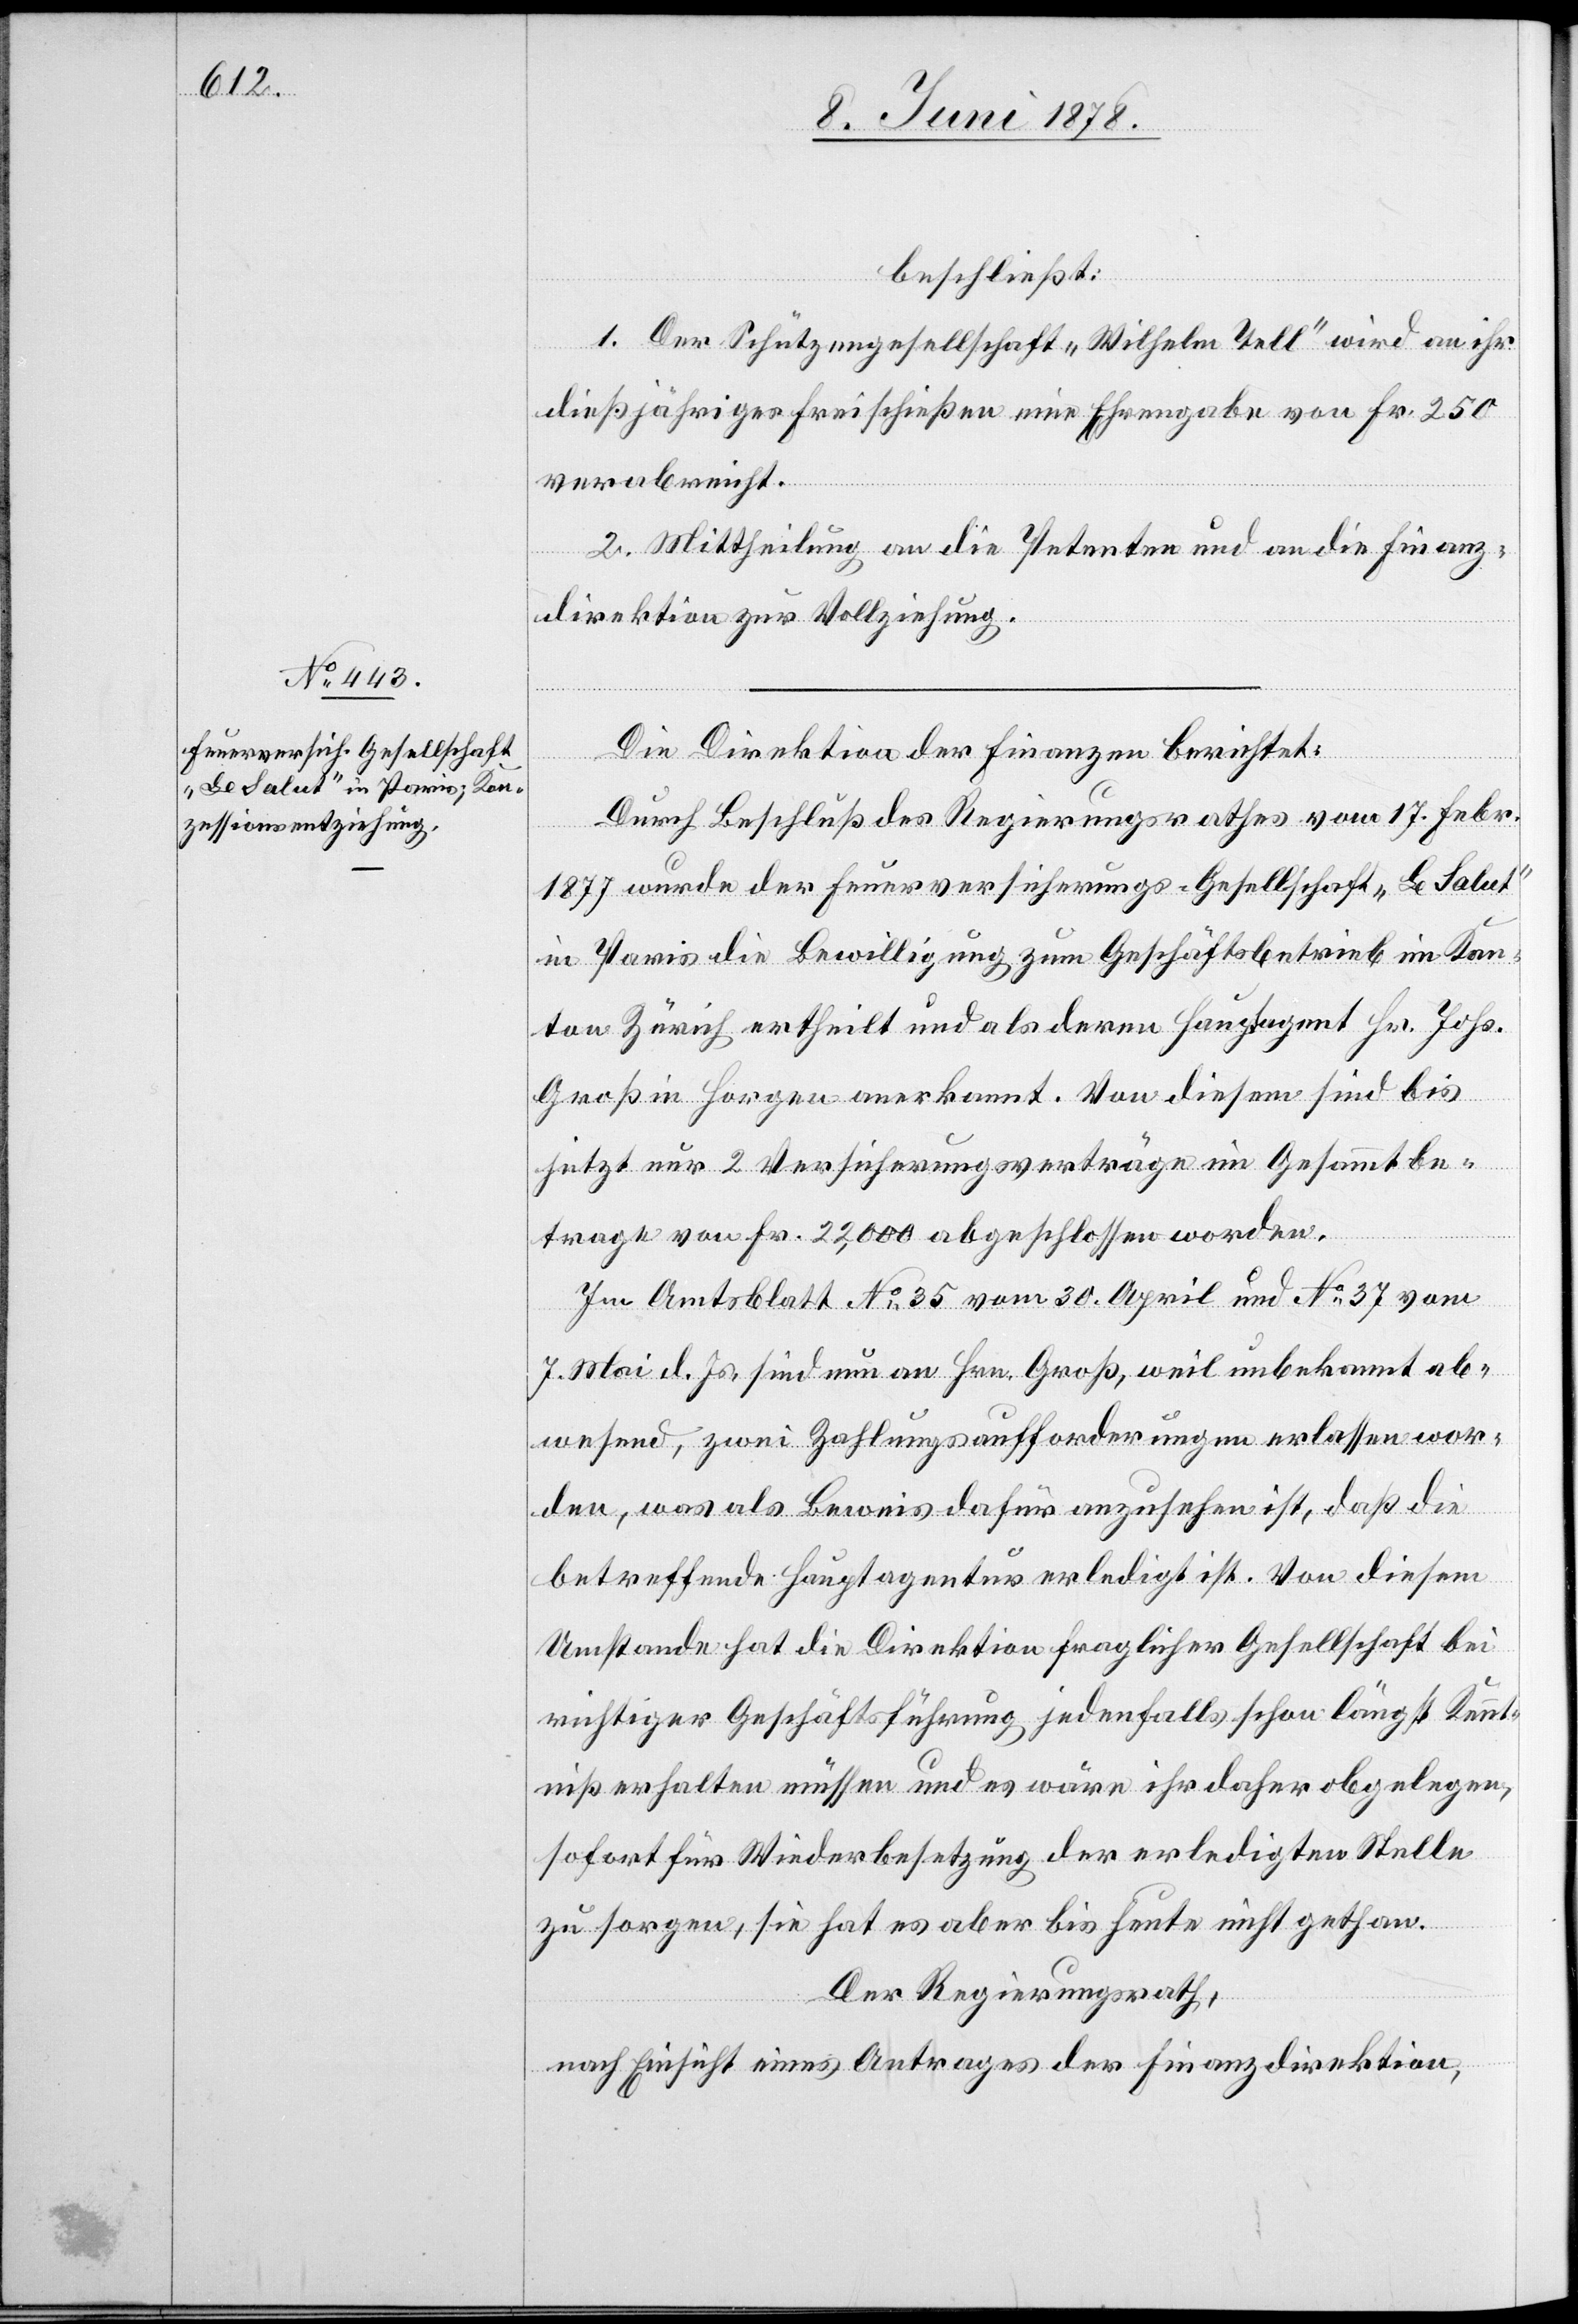
beschließt:
1. Der Schützengesellschaft „Wilhelm Tell“ wird an ihr
dießjähriges Freischießen eine Ehrengabe von Fr. 250
verabreicht.
2. Mittheilung an die Petenten und an die Finanz¬
direktion zur Vollziehung.
Die Direktion der Finanzen berichtet:
Durch Beschluß des Regierungsrathes vom 17. Febr.
1877 wurde der Feuerversicherungs-Gesellschaft „Le Salut“
in Paris die Bewilligung zum Geschäftsbetrieb im Kan¬
ton Zürich ertheilt und als deren Hauptagent Hr. Johs.
Groß in Horgen anerkannt. Von diesem sind bis
jetzt nur 2 Versicherungsverträge im Gesammtbe¬
trage von Fr. 22,000 abgeschlossen worden.
Im Amtsblatt No 35 vom 30. April und No 37 vom
7. Mai d. Js. sind nun an Hrn. Groß, weil unbekannt ab¬
wesend, zwei Zahlungsaufforderungen erlassen wor¬
den, was als Beweis dafür anzusehen ist, daß die
betreffende Hauptagentur erledigt ist. Von diesem
Umstande hat die Direktion fraglicher Gesellschaft bei
richtiger Geschäftsführung jedenfalls schon längst Kennt¬
niß erhalten müssen und es wäre ihr daher obgelegen,
sofort für Wiederbesetzung der erledigten Stelle
zu sorgen, sie hat es aber bis heute nicht gethan.
Der Regierungsrath,
nach Einsicht eines Antrages der Finanzdirektion,